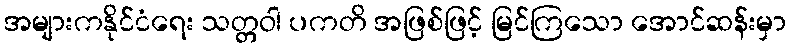
အများကနိုင်ငံရေး သတ္တဝါ ပကတိ အဖြစ်ဖြင့် မြင်ကြသော အောင်ဆန်းမှာ